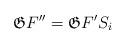
LaTeX: \begin{align*}\mathfrak{G}F''=\mathfrak{G}F' S_i\end{align*}